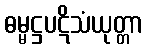
ဓမ္မဋ္ဌပဋိသံယုတ္တာ